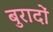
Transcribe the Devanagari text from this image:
बुरादों